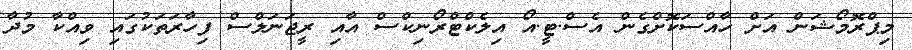
މިޕްރޮމޯޝަން އަށް ހާއްސަކޮށްގެން އެސް.ޓީ.އޯ އިލެކްޓްރޯނިކްސް އާއި ރީޖަނަލްސް ފިހާރަތަކުގައި ވިއްކާ މުދާ